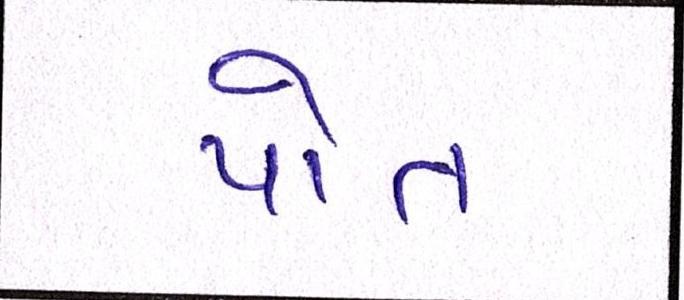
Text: પોત